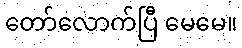
တော်လောက်ပြီ မေမေ။